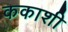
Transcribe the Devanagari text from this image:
ककाशी